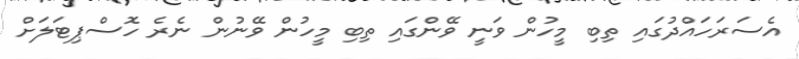
އެސަރަހައްދުގައި ތިބި މީހުން ވަނީ ވޭންގައި ތިބި މީހުން ވޭނުން ނެރެ ހޮސްޕިޓަލަށް